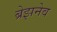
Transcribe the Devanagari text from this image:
ब्रेझनेव